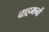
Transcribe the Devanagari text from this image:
चाहमनों